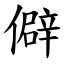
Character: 僻